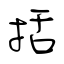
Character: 括